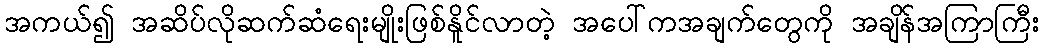
အကယ်၍ အဆိပ်လိုဆက်ဆံရေးမျိုးဖြစ်နိူင်လာတဲ့ အပေါ်ကအချက်တွေကို အချိန်အကြာကြီး